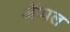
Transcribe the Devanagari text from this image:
अॅप्पल